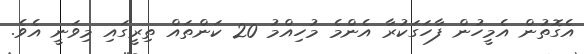
އެގޮތުން އެމީހުން ފާހަގަކުރާ އެންމެ މުހިއްމު 20 ކަންތައް ތިރީގައި މިވަނީ އެވެ.